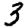
Digit: 3